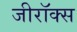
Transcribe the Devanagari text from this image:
जीराॅक्स